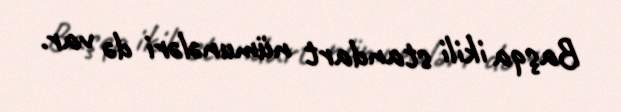
Başqa ikili standart nümunələri də var.